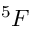
^ 5 F